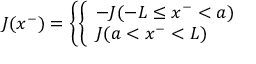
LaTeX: J ( x ^ { - } ) = \left\{ \left\{ \begin{array} { l l } { { - J ( - L \le x ^ { - } < a ) } } \\ { { J ( a < x ^ { - } < L ) } } \end{array} \right. \right.